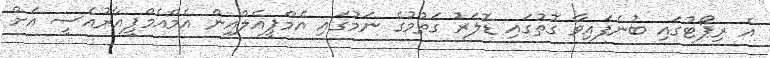
އެ ރިޕޯޓުގައި ބުނެފައިވާ ގޮތުގައި ޑޮލަރު ގަތުމުގެ ނަމުގައި އެމްޕީއެލްއިން އެމްއެމްޕީއާރުއެސީ އަށް